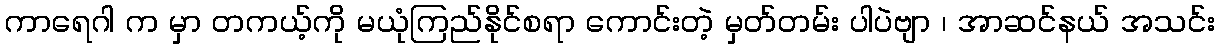
ကာရေဂါ က မှာ တကယ့်ကို မယုံကြည်နိုင်စရာ ကောင်းတဲ့ မှတ်တမ်း ပါပဲဗျာ ၊ အာဆင်နယ် အသင်း